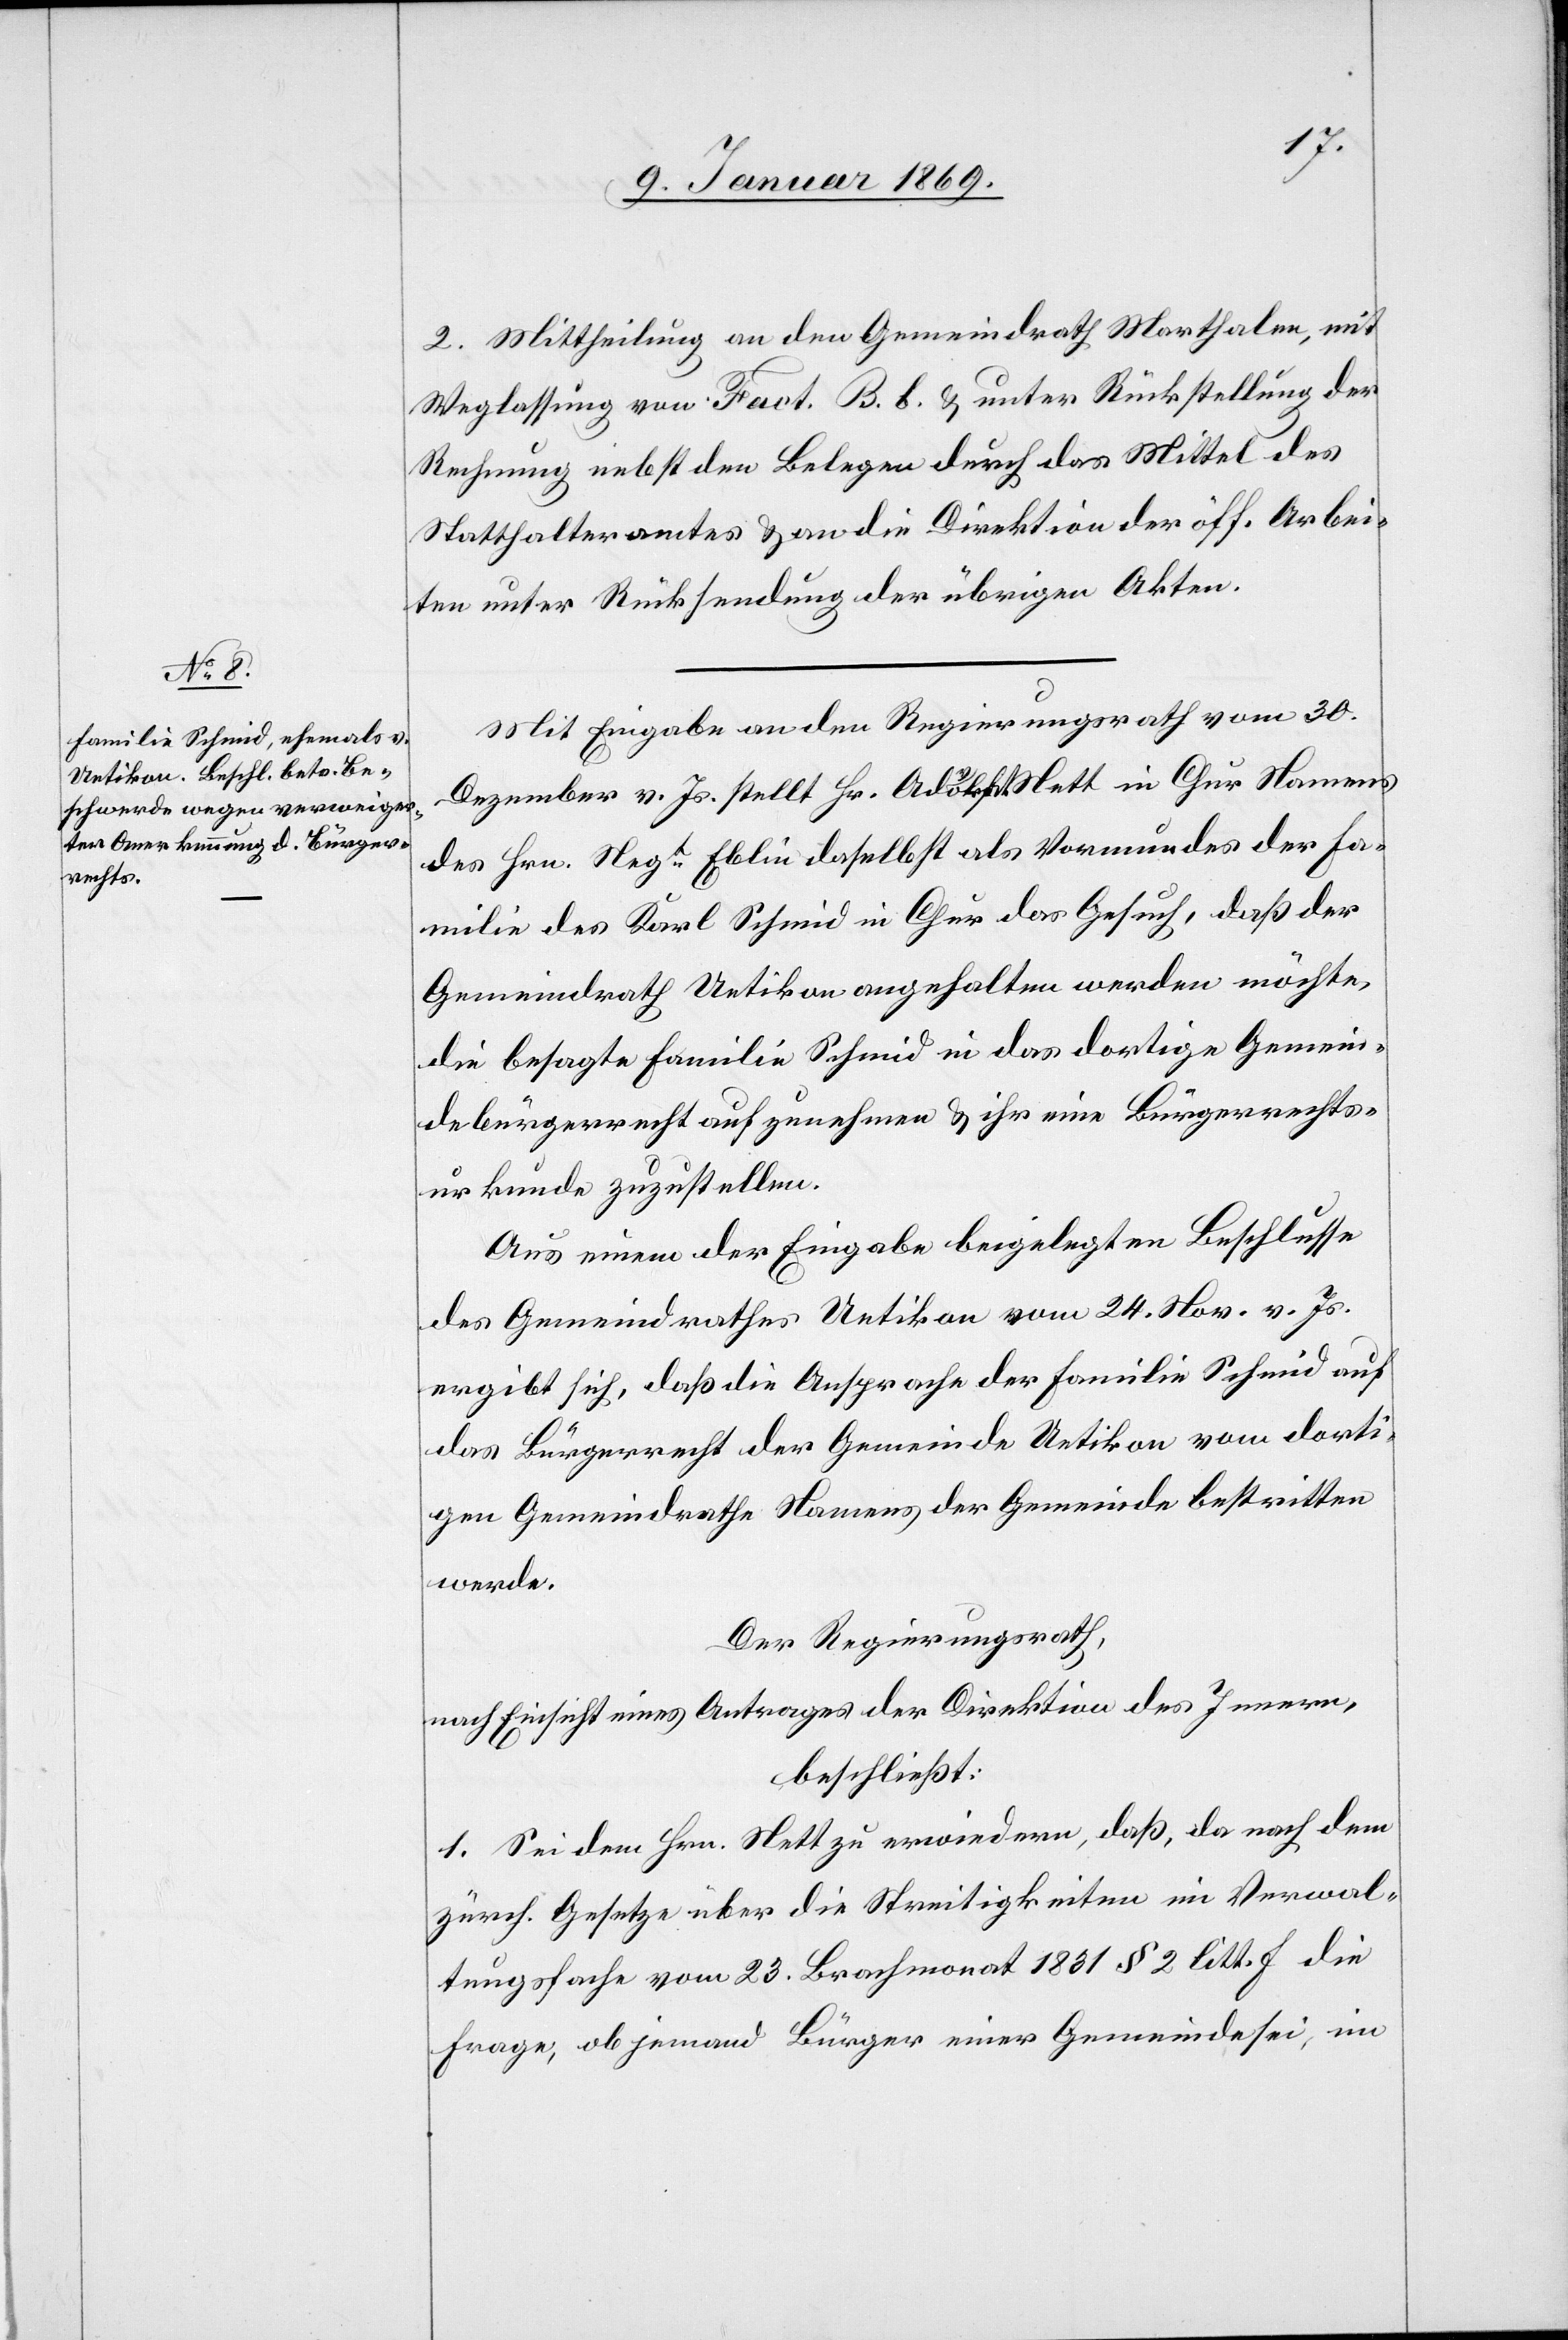
2. Mittheilung an den Gemeindrath Marthalen, mit
Weglassung von Fact. B. b. & unter Rückstellung der
Rechnung nebst den Belegen durch das Mittel des
Statthalteramtes & an die Direktion der öff. Arbei¬
ten unter Rücksendung der übrigen Akten.
Mit Eingabe an den Regierungsrath vom 30
Dezember v. Js. stellt Hr. Advokat Nett in Chur Namens
des Hrn. Negt Eblin daselbst als Vormundes der Fa¬
milie des Karl Schmid in Chur das Gesuch, daß der
Gemeindrath Uetikon angehalten werden möchte,
die besagte Familie Schmid in das dortige Gemein¬
debürgerrecht aufzunehmen & ihr eine Bürgerrechts¬
urkunde zuzustellen.
Aus einem der Eingabe beigelegten Beschlusse
des Gemeindrathes Uetikon vom 24. Nov. v. Js.
ergibt sich, daß die Ansprache der Familie Schmid auf
das Bürgerrecht der Gemeinde Uetikon vom dorti¬
gen Gemeindrathe Namens der Gemeinde bestritten
werde.
Der Regierungsrath,
nach Einsicht eines Antrages der Direktion des Innern,
beschließt:
1. Sei dem Hrn. Nett zu erwiedern, daß, da nach dem
zürch. Gesetze über die Streitigkeiten im Verwal¬
tungsfache vom 23. Brachmonat 1831 § 2 litt. f die
Frage, ob jemand Bürger einer Gemeinde sei, im